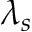
\lambda _ { s }